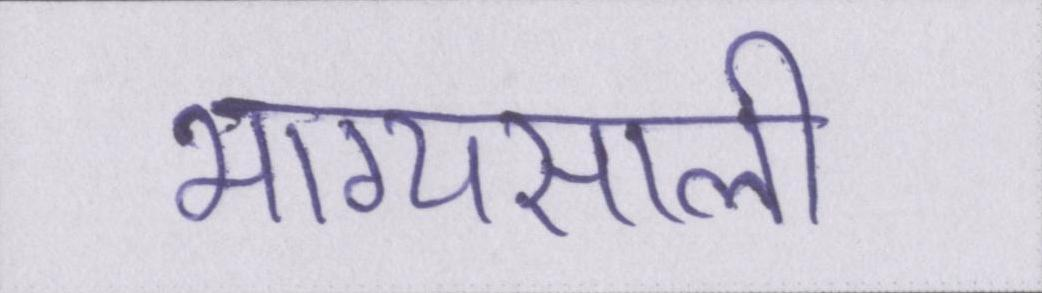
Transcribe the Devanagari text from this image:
भाग्यसाली